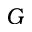
G